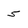
Character: 5